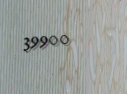
39900